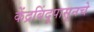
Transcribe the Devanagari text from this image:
केंद्रबिंदूपासूनचे